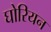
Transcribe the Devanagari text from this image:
घोरियन